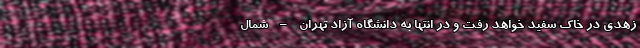
زهدی در خاک سفید خواهد رفت و در انتها به دانشگاه آزاد تهران – شمال